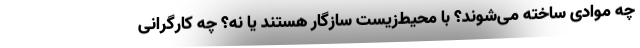
چه موادی ساخته می‌شوند؟ با محیط‌زیست سازگار هستند یا نه؟ چه کارگرانی